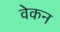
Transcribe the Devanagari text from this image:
वेकन